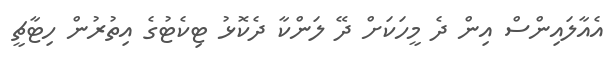
އެއާލައިންސް އިން ދެ މީހަކަށް ދޭ ލަންކާ ދެކޮޅު ޓިކެޓުގެ އިތުރުން ހިޓާޗީ